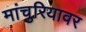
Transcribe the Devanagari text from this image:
मांचुरियावर